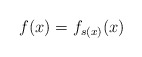
\begin{align*} f(x) = f_{s(x)}(x)\end{align*}